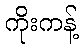
ကိုးကန့်